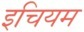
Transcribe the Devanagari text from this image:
इचियम